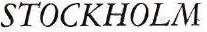
STOCKHOLM